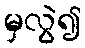
မှလွဲ၍